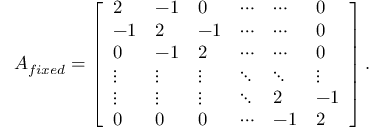
A _ { f i x e d } = \left[ \begin{array} { l l l l l l } { 2 } & { - 1 } & { 0 } & { \cdots } & { \cdots } & { 0 } \\ { - 1 } & { 2 } & { - 1 } & { \cdots } & { \cdots } & { 0 } \\ { 0 } & { - 1 } & { 2 } & { \cdots } & { \cdots } & { 0 } \\ { \vdots } & { \vdots } & { \vdots } & { \ddots } & { \ddots } & { \vdots } \\ { \vdots } & { \vdots } & { \vdots } & { \ddots } & { 2 } & { - 1 } \\ { 0 } & { 0 } & { 0 } & { \cdots } & { - 1 } & { 2 } \end{array} \right] .